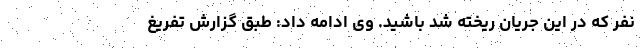
نفر که در این جریان ریخته شد باشید. وی ادامه داد: طبق گزارش تفریغ